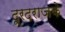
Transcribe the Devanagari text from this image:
दूरदराजके